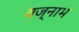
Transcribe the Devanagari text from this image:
वज्नाभ